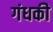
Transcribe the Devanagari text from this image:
गंधकी